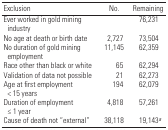
<table><thead><tr><td><b>Exclusion</b></td><td><b>No.</b></td><td><b>Remaining</b></td></tr></thead><tbody><tr><td>Ever worked in gold mining industry</td><td></td><td>76,231</td></tr><tr><td>No age at death or birth date</td><td>2,727</td><td>73,504</td></tr><tr><td>No duration of gold mining employment</td><td>11,145</td><td>62,359</td></tr><tr><td>Race other than black or white</td><td>65</td><td>62,294</td></tr><tr><td>Validation of data not possible</td><td>21</td><td>62,273</td></tr><tr><td>Age at first employment &lt; 15 years</td><td>194</td><td>62,079</td></tr><tr><td>Duration of employment ≤ 1 year</td><td>4,818</td><td>57,261</td></tr><tr><td>Cause of death not “external”</td><td>38,118</td><td>19,143a</td></tr></tbody></table>